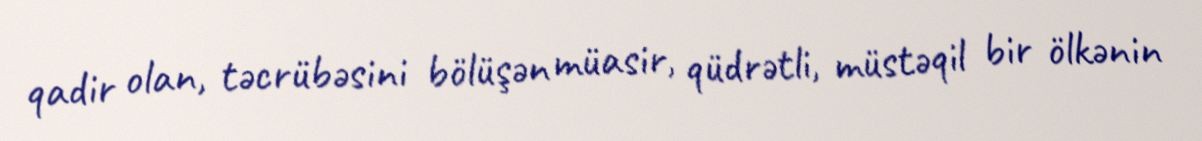
qadir olan, təcrübəsini bölüşən müasir, qüdrətli, müstəqil bir ölkənin